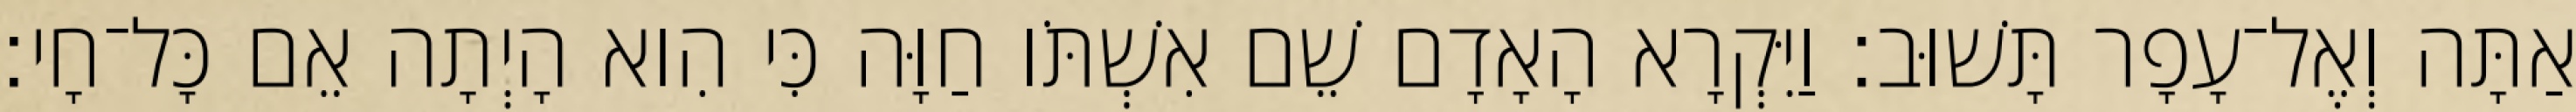
אַתָּה וְאֶל־עָפָר תָּשׁוּב׃ וַיִּקְרָא הָאָדָם שֵׁם אִשְׁתֹּו חַוָּה כִּי הִוא הָיְתָה אֵם כָּל־חָי׃